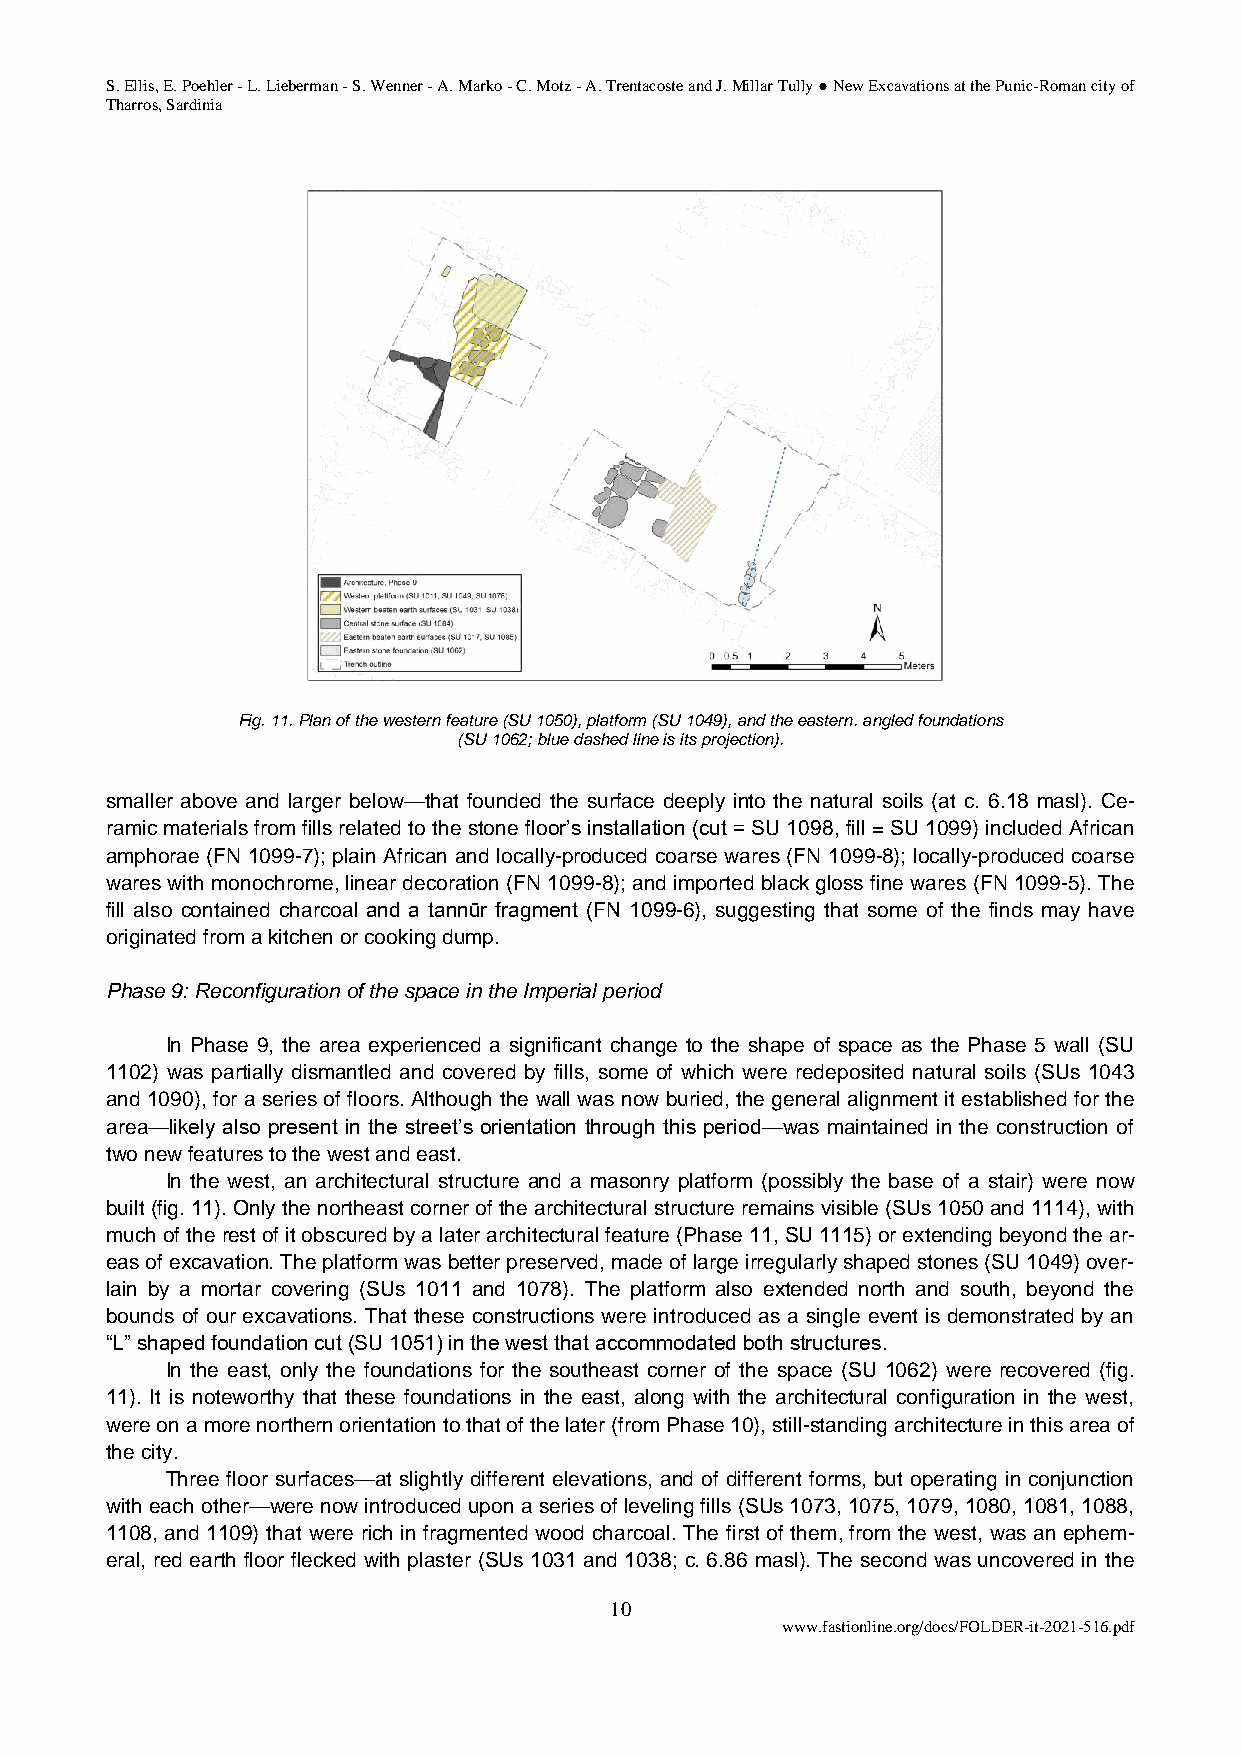
S. Ellis, E. Poehler - L. Lieberman - S. Wenner - A. Marko - C. Motz - A. Trentacoste and J. Millar Tully ● New Excavations at the Punic-Roman city of
 Tharros, Sardinia
 Fig. 11. Plan of the western feature (SU 1050), platform (SU 1049), and the eastern. angled foundations
 (SU 1062; blue dashed line is its projection).
 smaller above and larger below—that founded the surface deeply into the natural soils (at c. 6.18 masl). Ce-
 ramic materials from fills related to the stone floor’s installation (cut = SU 1098, fill = SU 1099) included African
 amphorae (FN 1099-7); plain African and locally-produced coarse wares (FN 1099-8); locally-produced coarse
 wares with monochrome, linear decoration (FN 1099-8); and imported black gloss fine wares (FN 1099-5). The
 fill also contained charcoal and a tannūr fragment (FN 1099-6), suggesting that some of the finds may have
 originated from a kitchen or cooking dump.
 Phase 9: Reconfiguration of the space in the Imperial period
 In Phase 9, the area experienced a significant change to the shape of space as the Phase 5 wall (SU
 1102) was partially dismantled and covered by fills, some of which were redeposited natural soils (SUs 1043
 and 1090), for a series of floors. Although the wall was now buried, the general alignment it established for the
 area—likely also present in the street’s orientation through this period—was maintained in the construction of
 two new features to the west and east.
 In the west, an architectural structure and a masonry platform (possibly the base of a stair) were now
 built (fig. 11). Only the northeast corner of the architectural structure remains visible (SUs 1050 and 1114), with
 much of the rest of it obscured by a later architectural feature (Phase 11, SU 1115) or extending beyond the ar-
 eas of excavation. The platform was better preserved, made of large irregularly shaped stones (SU 1049) over-
 lain by a mortar covering (SUs 1011 and 1078). The platform also extended north and south, beyond the
 bounds of our excavations. That these constructions were introduced as a single event is demonstrated by an
 “L” shaped foundation cut (SU 1051) in the west that accommodated both structures.
 In the east, only the foundations for the southeast corner of the space (SU 1062) were recovered (fig.
 11). It is noteworthy that these foundations in the east, along with the architectural configuration in the west,
 were on a more northern orientation to that of the later (from Phase 10), still-standing architecture in this area of
 the city.
 Three floor surfaces—at slightly different elevations, and of different forms, but operating in conjunction
 with each other—were now introduced upon a series of leveling fills (SUs 1073, 1075, 1079, 1080, 1081, 1088,
 1108, and 1109) that were rich in fragmented wood charcoal. The first of them, from the west, was an ephem-
 eral, red earth floor flecked with plaster (SUs 1031 and 1038; c. 6.86 masl). The second was uncovered in the
 10
 www.fastionline.org/docs/FOLDER-it-2021-516.pdf